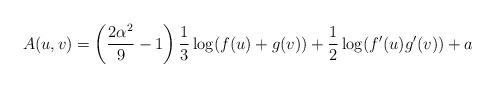
LaTeX: \begin{align*}A(u,v)=\left(\frac{2\alpha ^{2}}{9}-1\right)\frac{1}{3}\log (f(u)+g(v))+\frac{1}{2}\log(f^{\prime }(u)g^{\prime }(v))+a \end{align*}